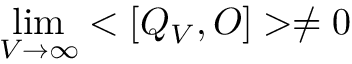
\operatorname * { l i m } _ { V \rightarrow \infty } < [ Q _ { V } , O ] > \ne 0